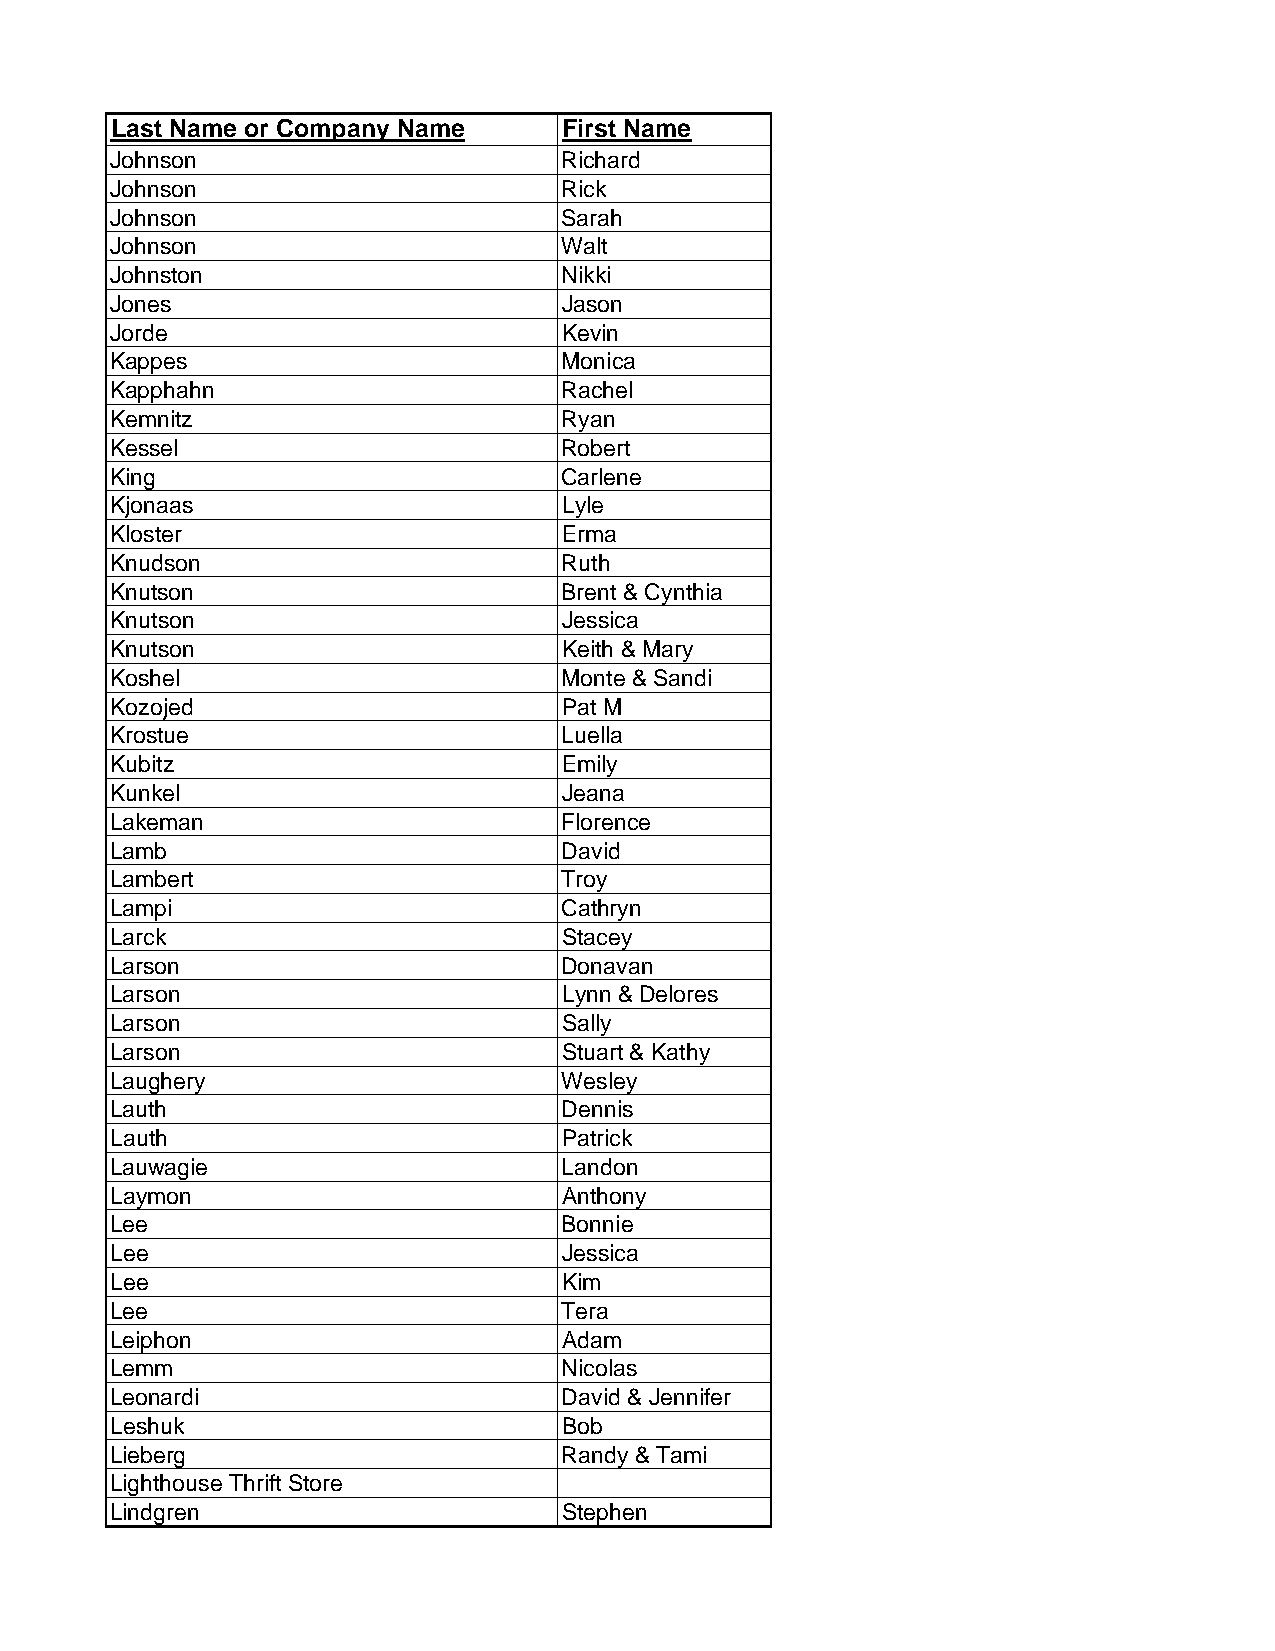
Last Name or Company Name     First Name
 Johnson                       Richard
 Johnson                       Rick
 Johnson                       Sarah
 Johnson                       Walt
 Johnston                      Nikki
 Jones                         Jason
 Jorde                         Kevin
 Kappes                        Monica
 Kapphahn                      Rachel
 Kemnitz                       Ryan
 Kessel                        Robert
 King                          Carlene
 Kjonaas                       Lyle
 Kloster                       Erma
 Knudson                       Ruth
 Knutson                       Brent & Cynthia
 Knutson                       Jessica
 Knutson                       Keith & Mary
 Koshel                        Monte & Sandi
 Kozojed                       Pat M
 Krostue                       Luella
 Kubitz                        Emily
 Kunkel                        Jeana
 Lakeman                       Florence
 Lamb                          David
 Lambert                       Troy
 Lampi                         Cathryn
 Larck                         Stacey
 Larson                        Donavan
 Larson                        Lynn & Delores
 Larson                        Sally
 Larson                        Stuart & Kathy
 Laughery                      Wesley
 Lauth                         Dennis
 Lauth                         Patrick
 Lauwagie                      Landon
 Laymon                        Anthony
 Lee                           Bonnie
 Lee                           Jessica
 Lee                           Kim
 Lee                           Tera
 Leiphon                       Adam
 Lemm                          Nicolas
 Leonardi                      David & Jennifer
 Leshuk                        Bob
 Lieberg                       Randy & Tami
 Lighthouse Thrift Store
 Lindgren                      Stephen